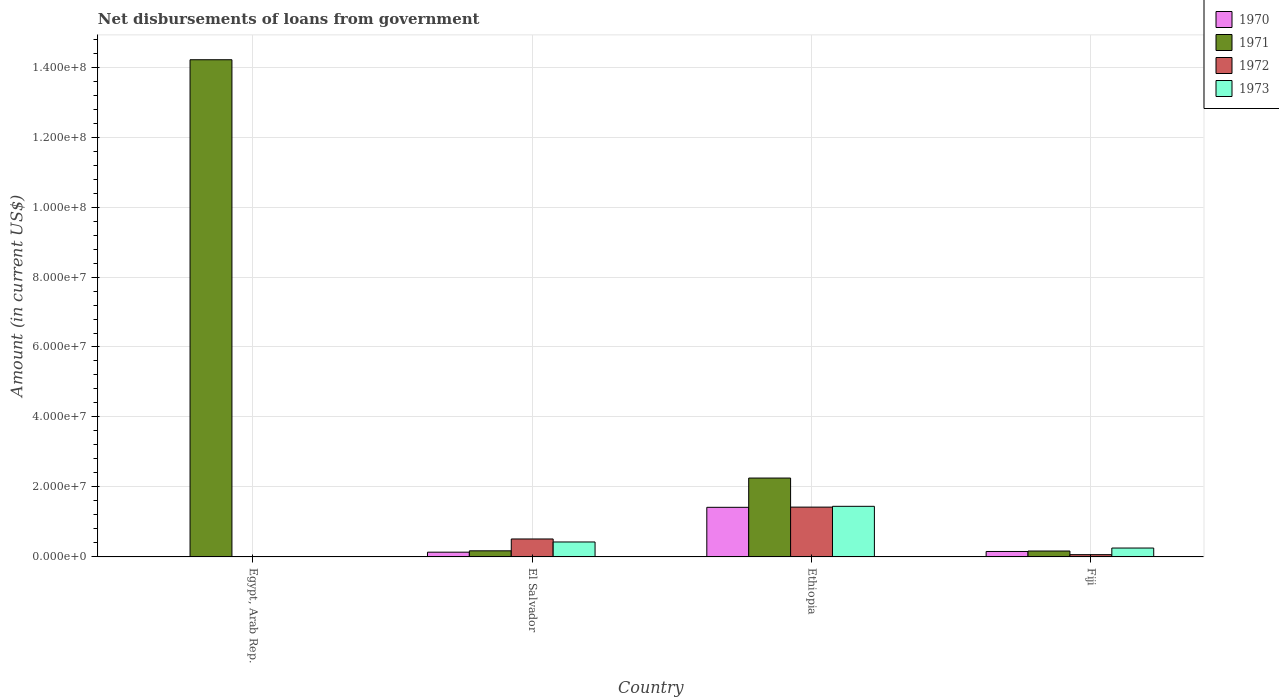
| Country | 1970 | 1971 | 1972 | 1973 |
 | --- | --- | --- | --- | --- |
 | Egypt, Arab Rep. | -1.89e+07 | 1.42e+08 | -6.93e+07 | -1.09e+08 |
 | El Salvador | 1.36e+06 | 1.74e+06 | 5.13e+06 | 4.27e+06 |
 | Ethiopia | 1.42e+07 | 2.25e+07 | 1.42e+07 | 1.45e+07 |
 | Fiji | 1.56e+06 | 1.69e+06 | 6.49e+05 | 2.54e+06 |